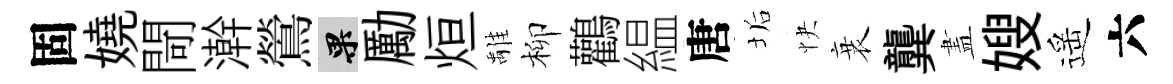
固嬈閜澣鶯果勵烜𩀌柳鸛緼唐垢快衰龔𥁞嫂遥六